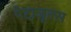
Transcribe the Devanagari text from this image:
पेटाजूल्स